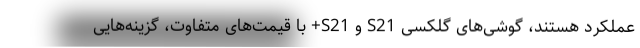
عملکرد هستند، گوشی‌های گلکسی S21 و S21+ با قیمت‌های متفاوت، گزینه‌هایی